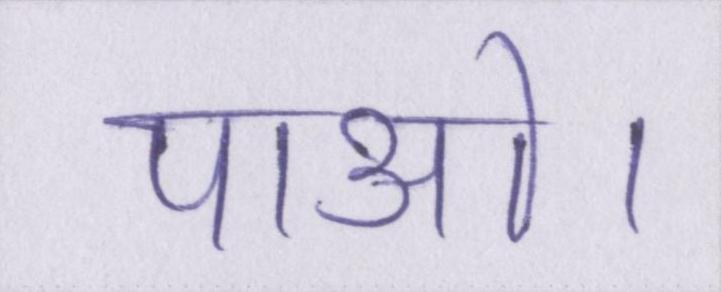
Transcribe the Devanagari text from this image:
पाओ।